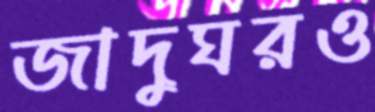
জাদুঘরও